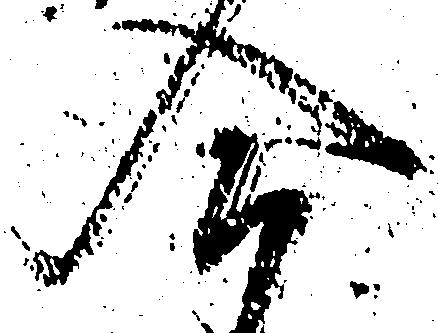
合